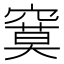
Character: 𰩙